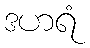
ဒဟရံ